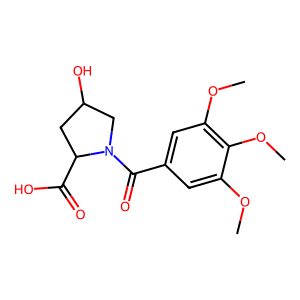
SMILES: COc1cc(C(=O)N2CC(O)CC2C(=O)O)cc(OC)c1OC
Inhibits HIV replication: No